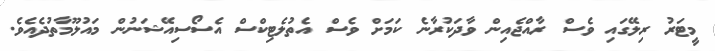
މީޓަރު ރިލޭގައި ވެސް ރާއްޖެއިން ވާދަކުރާނެ ކަމަށް ވެސް އެތުލެޓިކްސް އެސޯސިއޭޝަނުން މައުލޫމާތުދެއެވެ.